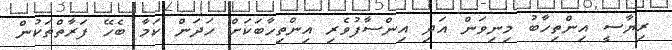
ރިޔާސީ އިންތިހާބު މިނިވަން އަދި އިންސާފުވެރި އިންތިހާބަކަށް ހަދަން ކަމާ ބެހޭ ފަރާތްތަކުން